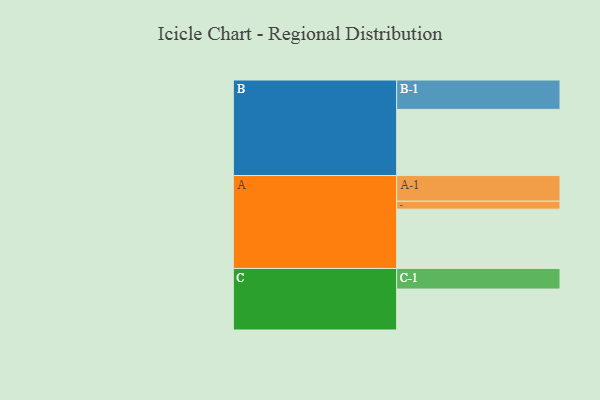
{"axis": {"x": "Segment", "y": "Value"}, "legend": ["", "A", "B", "C"], "data": [{"x": "A", "y": 478, "type": ""}, {"x": "B", "y": 533, "type": ""}, {"x": "C", "y": 330, "type": ""}, {"x": "A-1", "y": 207, "type": "A"}, {"x": "A-2", "y": 64, "type": "A"}, {"x": "B-1", "y": 237, "type": "B"}, {"x": "C-1", "y": 166, "type": "C"}]}